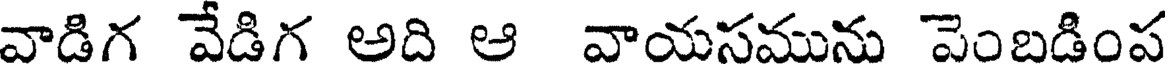
వాడిగ వేడిగ అది ఆ వాయసమును పెంబడింప